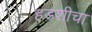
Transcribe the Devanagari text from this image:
हडशीचा